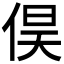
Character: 𮯽